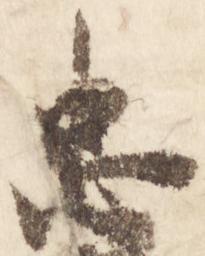
忠